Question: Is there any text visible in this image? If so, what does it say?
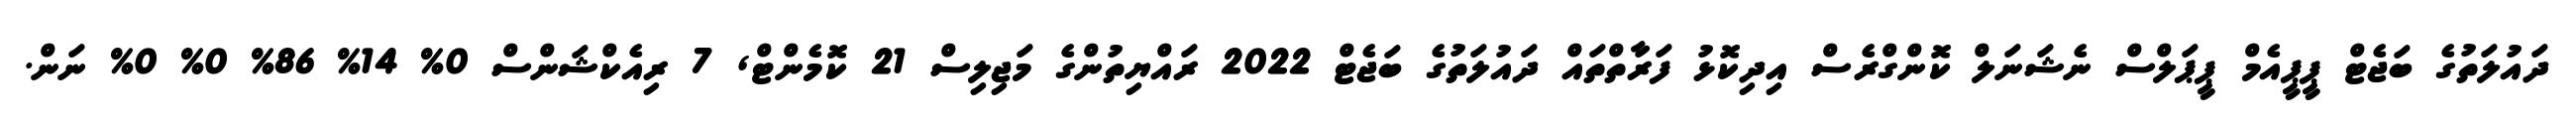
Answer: ދައުލަތުގެ ބަޖެޓް ޕީޕީއެމް ޕީޕަލްސް ނެޝަނަލް ކޮންގްރެސް އިދިކޮޅު ފަރާތްތައް ދައުލަތުގެ ބަޖެޓް 2022 ރައްޔިތުންގެ މަޖިލިސް 21 ކޮމެންޓް, 7 ރިއެކްޝަންސް 0% 14% 86% 0% 0% ނަން.